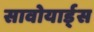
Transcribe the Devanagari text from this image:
सावोयार्ड्स